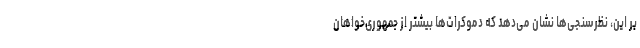
بر این، نظرسنجی‌ها نشان می‌دهد که دموکرات‌ها بیشتر از جمهوری‌خواهان